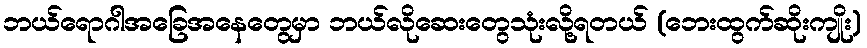
ဘယ်ရောဂါအခြေအနေတွေမှာ ဘယ်လိုဆေးတွေသုံးလို့ရတယ် (ဘေးထွက်ဆိုးကျိုး)